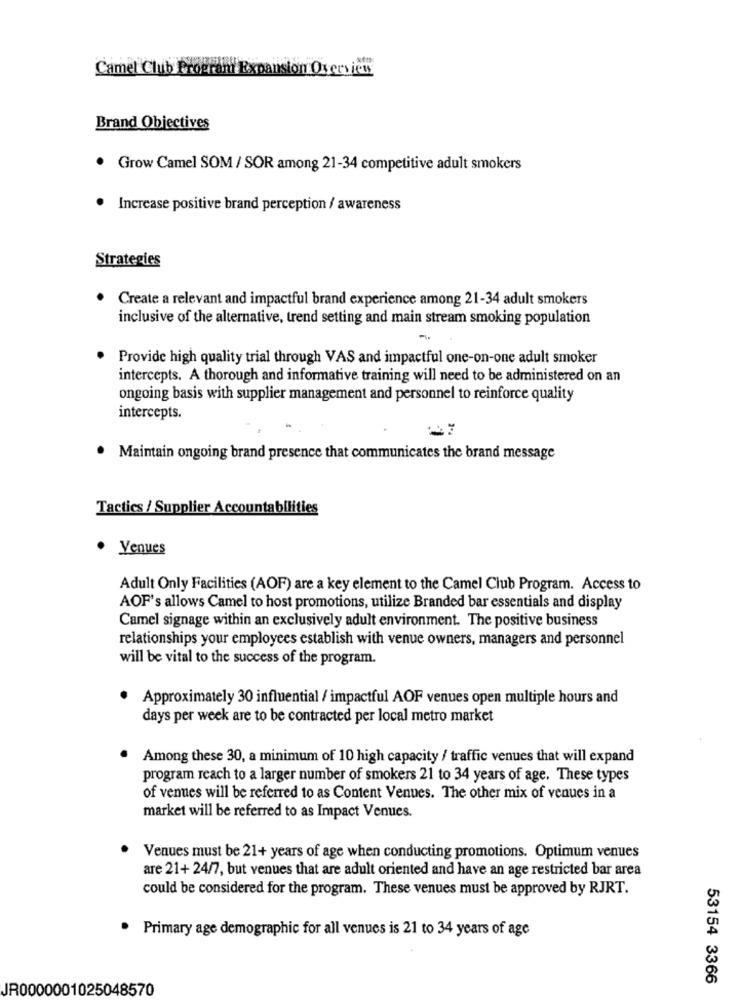
Camel Club Program Expansion Overview
Brand Objectives
Grow Camel SOM / SOR among 21-34 competitive adult smokers
. Increase positive brand perception / awareness
Strategies
Create a relevant and impactful brand experience among 21-34 adult smokers
inclusive of the alternative, trend setting and main stream smoking population
-
Provide high quality trial through VAS and impactful one-on-one adult smoker
intercepts. A thorough and informative training will need to be administered on an
ongoing basis with supplier management and personnel to reinforce quality
intercepts.
Maintain ongoing brand presence that communicates the brand message
Tactics / Supplier Accountabilities
· Venues
Adult Only Facilities (AOF) are a key element to the Camel Club Program. Access to
AOF's allows Camel to host promotions, utilize Branded bar essentials and display
Camel signage within an exclusively adult environment. The positive business
relationships your employees establish with venue owners, managers and personnel
will be vital to the success of the program.
Approximately 30 influential / impactful AOF venues open multiple hours and
days per week are to be contracted per local metro market
Among these 30, a minimum of 10 high capacity / traffic venues that will expand
program reach to a larger number of smokers 21 to 34 years of age. These types
of venues will be referred to as Content Venues. The other mix of venues in a
market will be referred to as Impact Venues.
Venues must be 21+ years of age when conducting promotions. Optimum venues
are 21+ 24/7, but venues that are adult oriented and have an age restricted bar area
could be considered for the program. These venues must be approved by RJRT.
. Primary age demographic for all venues is 21 to 34 years of age
53154 3366
JR0000001025048570